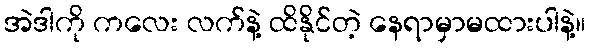
အဲဒါကို ကလေး လက်နဲ့ ထိနိုင်တဲ့ နေရာမှာမထားပါနဲ့။